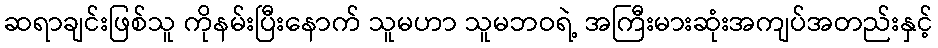
ဆရာချင်းဖြစ်သူ ကိုနမ်းပြီးနောက် သူမဟာ သူမဘဝရဲ့ အကြီးမားဆုံးအကျပ်အတည်းနှင့်